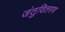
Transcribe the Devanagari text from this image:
जंतुवितरण